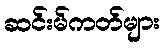
ဆင်းမ်ကတ်များ